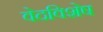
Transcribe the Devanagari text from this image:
वेदविशेष